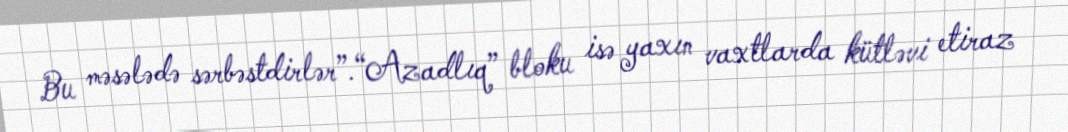
Bu məsələdə sərbəstdirlər”.“Azadlıq” bloku isə yaxın vaxtlarda kütləvi etiraz